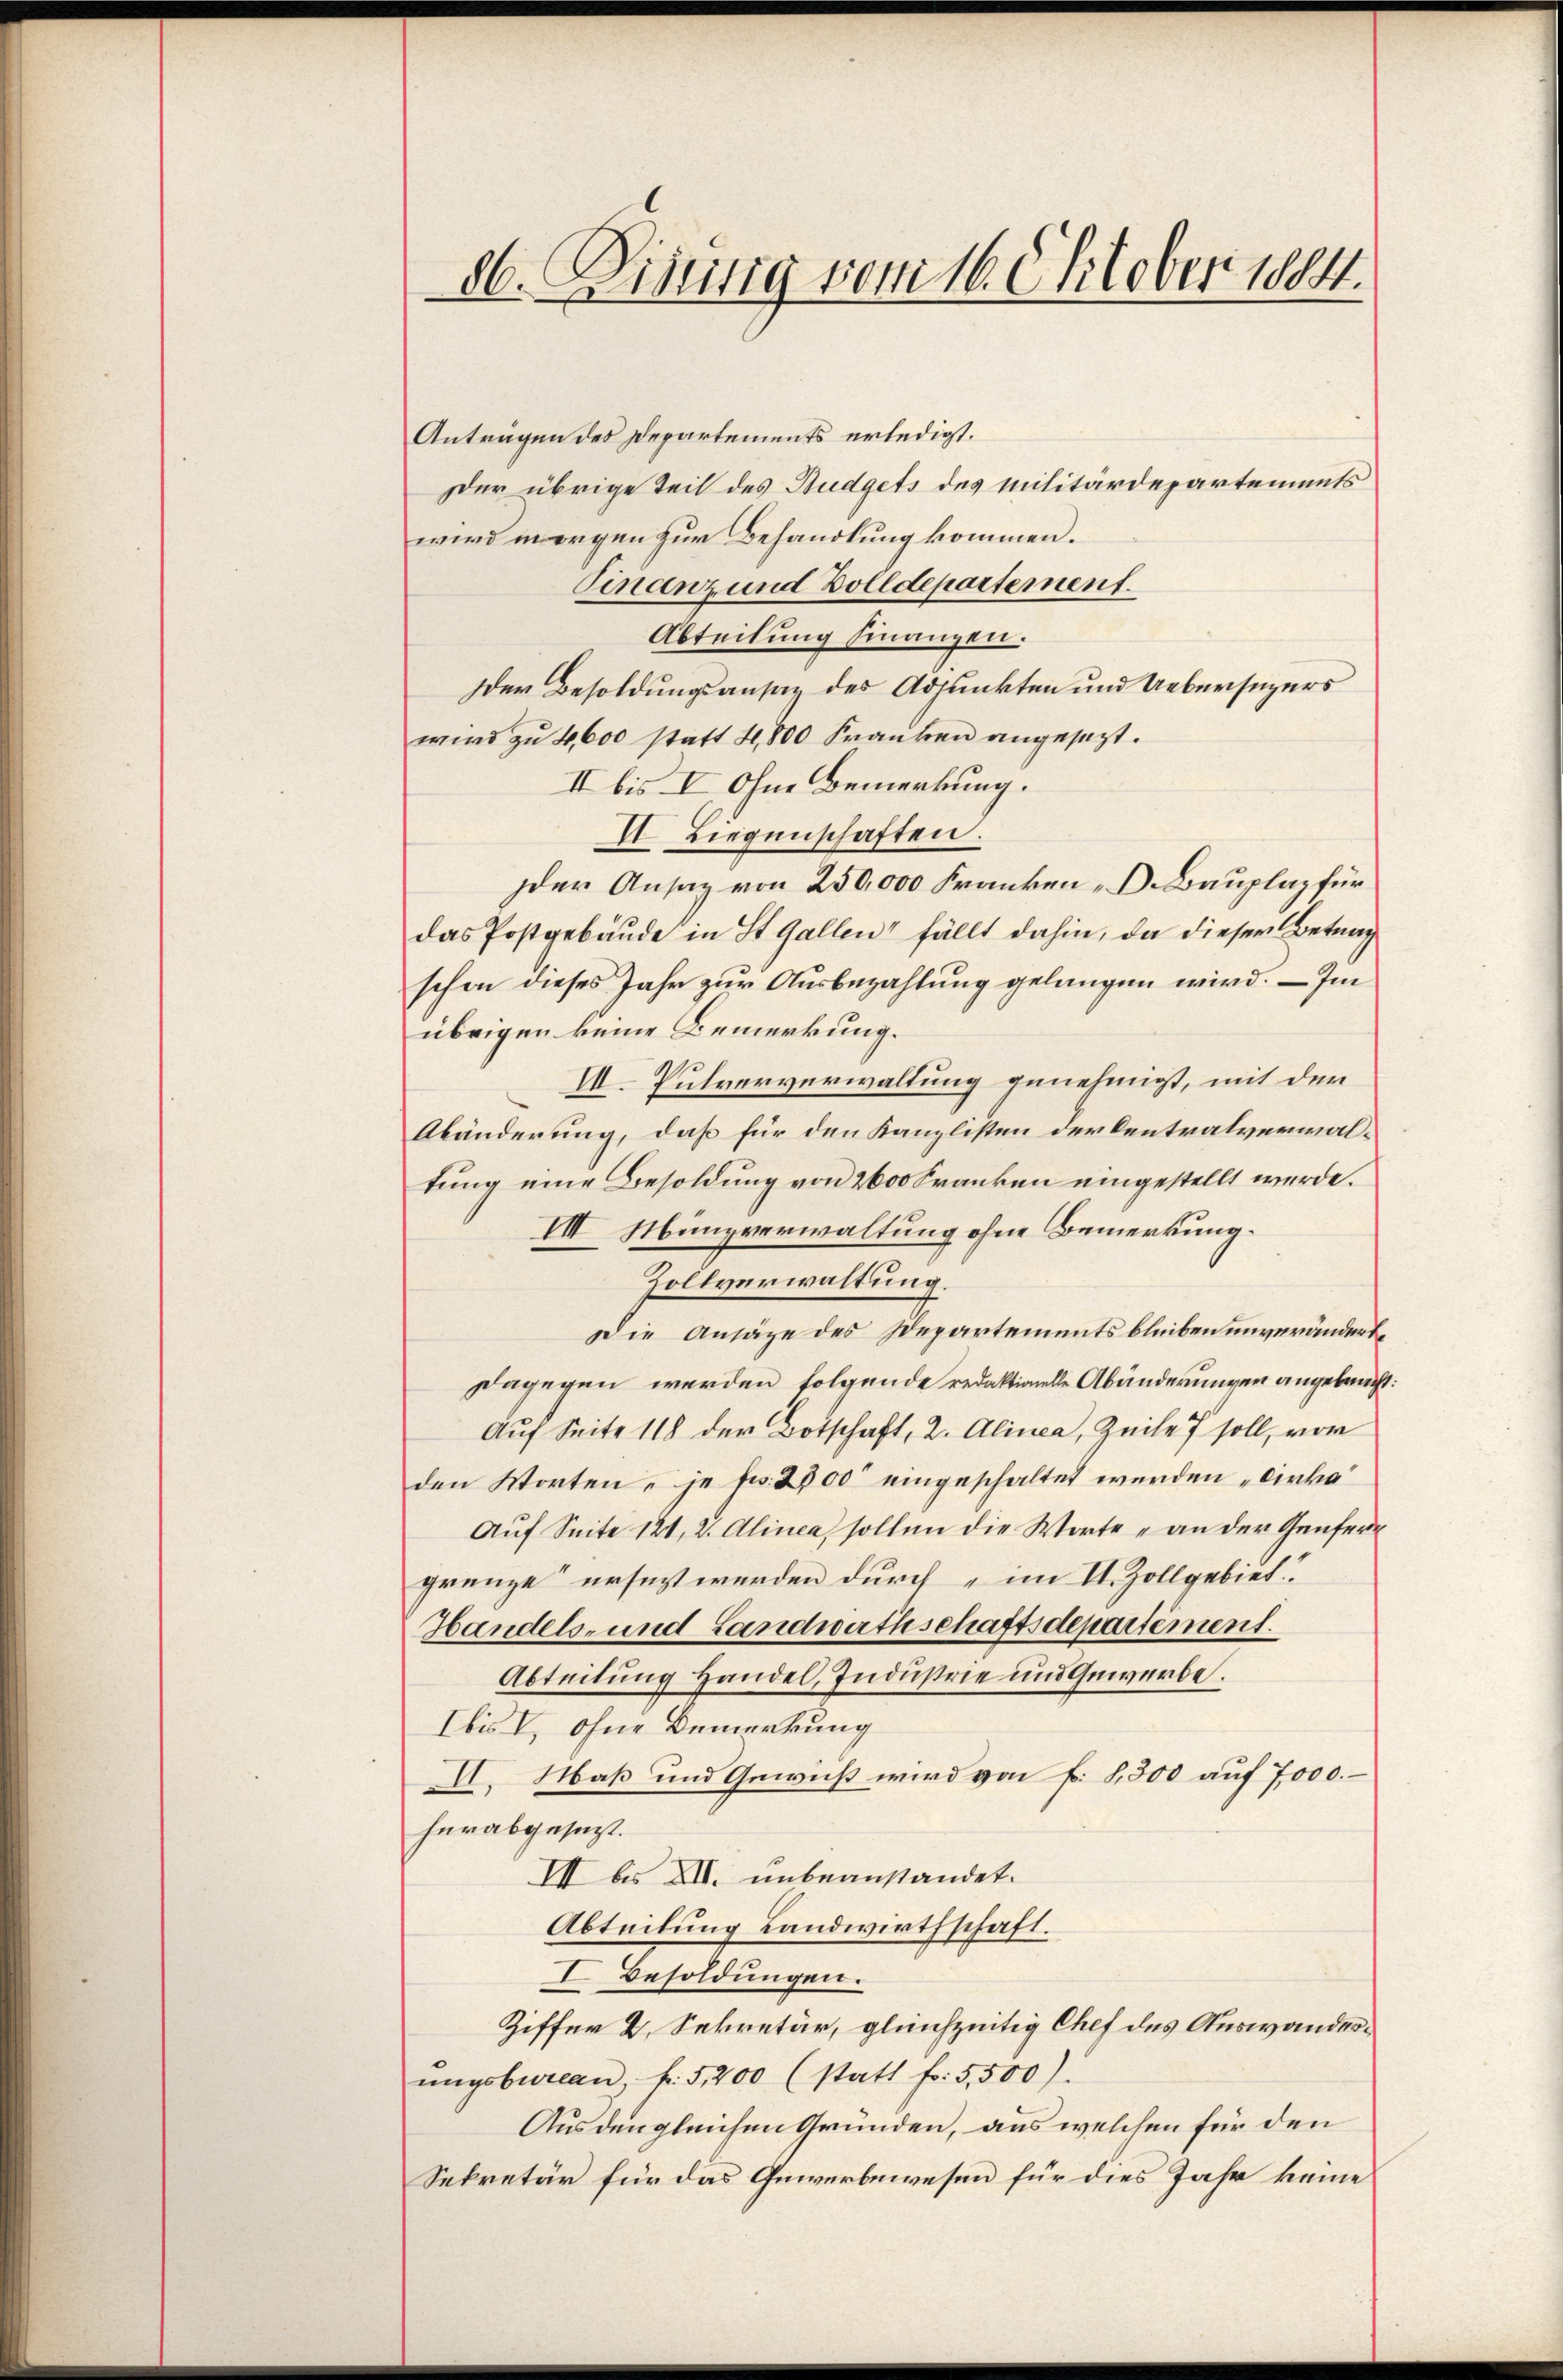
86. Diseitig vom 16. Oktober 1884.

Anträgen des Departements erledigt.
Der übrige Teil des Budgets des Militärdepartements
wird morgen zur Behandlung kommen.
Finanz und Zolldepartement.
Abteilung finanzen.
der Besoldungsansaz des Adjunkten und Uebersezers
wird zu 4,600 statt 4,800 Franken angesezt.
II bis V. Ohne Bemerkung.
II Liegenschaften.
der Ansaz von 250,000 Franken - Dr. Bauplaz für
das Postgebäude in St. Gallen fällt dahin, da dieser Betrag
schon dieses Jahr zur Ausbezahlung gelangen wird. — Im
übrigen keine Bemerkung.
e
I. Pulververwaltung genehmigt, mit der
Abänderung, daß für den Kanzlisten der Centralverwaltung eine Besoldung von 2600 Franken eingestellt werde.
VIII. Münzverwaltung ohne Bemerkung.
Zollverwaltung.
Die Ansäze des Departements bleiben unverändert,
Dagegen werden folgende redaktionelle Abänderungen angebracht.
Auf Seite 118 der Botschaft, 2. Alinea, Zeile 7 soll, vor
den Worten, je Fr. 2500 eingeschaltet werden „Cirka
Auf Seite 121, 2. Alinea, sollen die Worte „an der Genfergrenze ersezt werden durch im II. Zollgebiet
Handels- und Landwirthschaftsdepartement.
Abteilung Handel, Industrie und Gewerbe.
Ibis V ohne Bemerkung
III. Maß und Gewicht wird von f. 8300 auf 7000.–
herabgesezt.
III bis XII. unbeanstandet.
Abteilung Landwirthschaft.
I. Besoldungen.
Ziffer 2. Sekretär, gleichzeitig Chef des Auswandesŭngsbureau, f. 5,200 (statt fr. 5500).
Aus den gleichen Gründen, aus welchen für den
Sekretär für das Gewerbewesen für dies Jahr keine